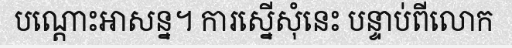
បណ្តោះអាសន្ន។ ការស្នើសុំនេះ បន្ទាប់ពីលោក